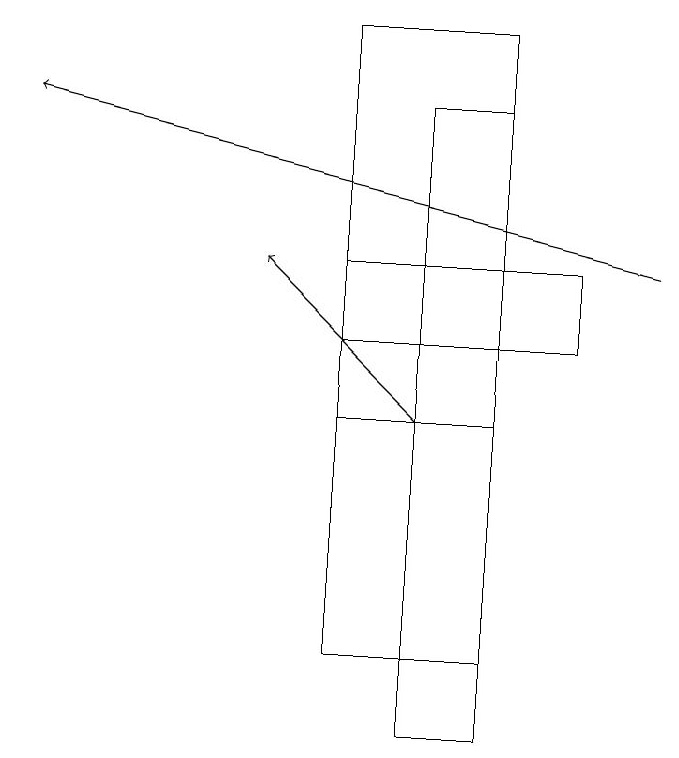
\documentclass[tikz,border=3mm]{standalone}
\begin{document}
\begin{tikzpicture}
\draw[->] (5,14) -- (3,16);
\draw (6,10) rectangle (5,18);
\draw (7,15) rectangle (4,16);
\draw (4,14) rectangle (6,19);
\draw[->] (8,16) -- (0,18);
\draw (4,16) rectangle (6,11);
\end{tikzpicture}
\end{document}